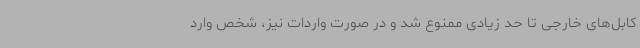
کابل‌های خارجی تا حد زیادی ممنوع شد و در صورت واردات نیز، شخص وارد